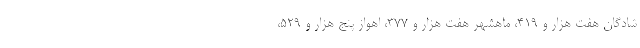
شادگان هفت هزار و ۴۱۹، ماهشهر هفت هزار و ۳۷۷، اهواز پنج هزار و ۵۲۹،